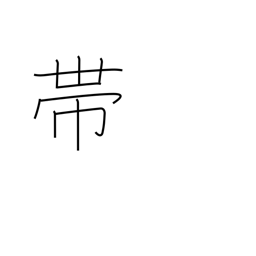
Meaning: sash